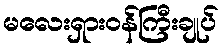
မလေးရှားဝန်ကြီးချုပ်